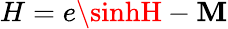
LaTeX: H=e\sinhH-\mathbf{M}